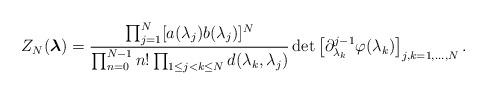
LaTeX: \begin{align*}Z_N(\boldsymbol{\lambda})=\frac{\prod_{j=1}^N [a(\lambda_j)b(\lambda_j)]^N}{\prod_{n=0}^{N-1} n! \prod_{1\leq j<k\leq N}d(\lambda_k,\lambda_j)}\det\left[\partial_{\lambda_k}^{j-1}\varphi(\lambda_k)\right]_{j,k=1,\dots,N}.\end{align*}